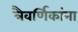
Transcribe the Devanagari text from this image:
त्रैवर्णिकांना